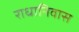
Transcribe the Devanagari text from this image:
राधानिवास